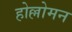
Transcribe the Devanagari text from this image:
होल्लोमन